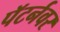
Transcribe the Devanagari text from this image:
पॅटर्नवर